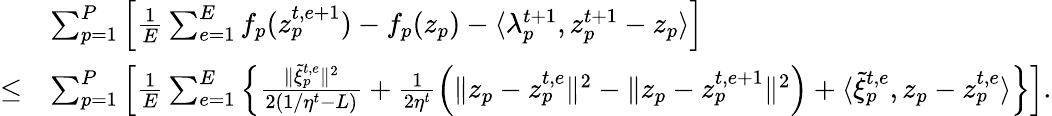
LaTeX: \begin{array}{rl}&{\sum_{p=1}^{P}\Big[\frac{1}{E}\sum_{e=1}^{E}f_{p}(z_{p}^{t,e+1})-f_{p}(z_{p})-\langle\lambda_{p}^{t+1},z_{p}^{t+1}-z_{p}\rangle\Big]}\\ {\leq}&{\sum_{p=1}^{P}\Big[\frac{1}{E}\sum_{e=1}^{E}\Big\{ \frac{\| \tilde{\xi}_{p}^{t,e}\| ^{2}}{2(1/\eta^{t}-L)}+\frac{1}{2\eta^{t}}\Big(\| z_{p}-z_{p}^{t,e}\| ^{2}-\| z_{p}-z_{p}^{t,e+1}\| ^{2}\Big)+\langle\tilde{\xi}_{p}^{t,e},z_{p}-z_{p}^{t,e}\rangle\Big\} \Big].}\end{array}